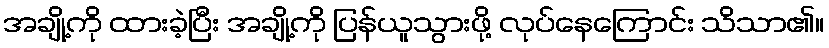
အချို့ကို ထားခဲ့ပြီး အချို့ကို ပြန်ယူသွားဖို့ လုပ်နေကြောင်း သိသာ၏။